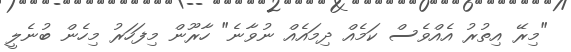
"މިރޭ އިތުރު އެއްވެސް ކަމެއް ދިމައެއް ނުވާނެ" ހާރޫން މިފަހަރު މިހެން ބުނެލީ